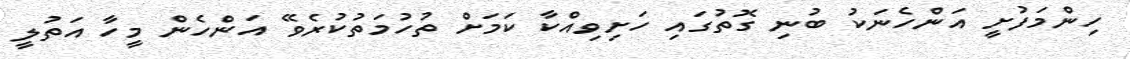
ހިންމަފުށީ އަންހެނަކު ބުނި ގޮތުގައި ހަށިވިއްކާ ކަމަށް ތުހުމަތުކުރެވޭ އަންހެން މީހާ އަތުލީ